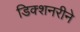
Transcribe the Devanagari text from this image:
डिक्शनरीने